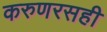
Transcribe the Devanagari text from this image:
करुणरसही